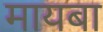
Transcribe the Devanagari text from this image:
मायबा